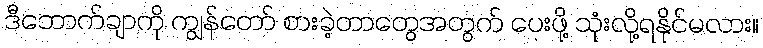
ဒီဘောက်ချာကို ကျွန်တော် စားခဲ့တာတွေအတွက် ပေးဖို့ သုံးလို့ရနိုင်မလား။